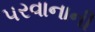
પરવાનાની